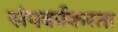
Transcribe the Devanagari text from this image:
संपर्काकरता